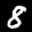
Label: 8